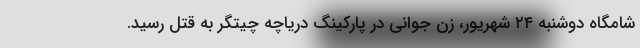
شامگاه دوشنبه ۲۴ شهریور، زن جوانی در پارکینگ دریاچه چیتگر به قتل رسید.